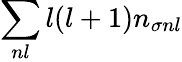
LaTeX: \sum_{nl}l(l+1)n_{\sigma nl}